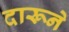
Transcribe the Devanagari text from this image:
दारूने